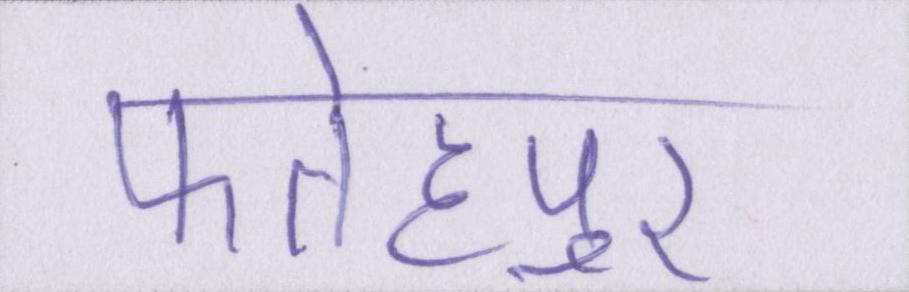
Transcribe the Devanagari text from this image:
फतेहपुर